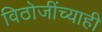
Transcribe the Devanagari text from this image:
विठोजींच्याही